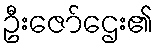
ဦးဇော်ဌေး၏